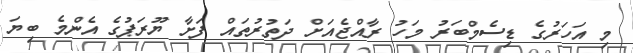
މި އަހަރުގެ ޑިސެމްބަރު މަހު ރާއްޖެއަށް ދަތުރުތައް ފަށާ ޔޫރަޕުގެ އެންމެ ބިޔަ